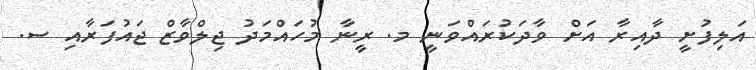
އަލިފުށީ ދާއިރާ އަށް ވާދަކުރައްވަނީ މ. ރީނާ މުހައްމަދު ޖިލްވާޒް ޖައުފަރާއި ސ.